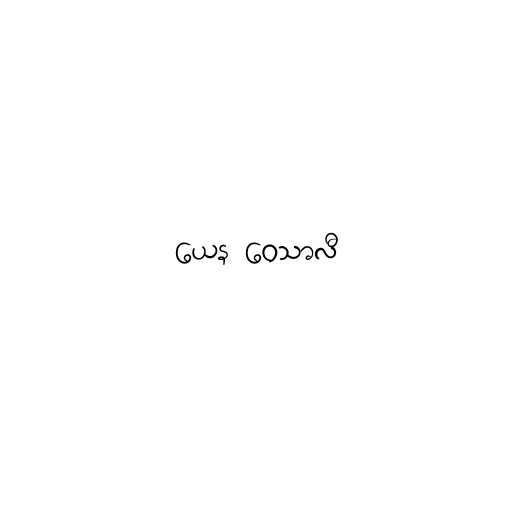
ယေန ဝေသာလီ